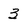
Character: 3